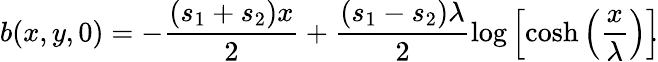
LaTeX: b(x,y,0)=-\frac{(s_{1}+s_{2})x}{2}+\frac{(s_{1}-s_{2})\lambda}{2}\log\left[\cosh\left(\frac{x}{\lambda}\right)\right]\! \! .